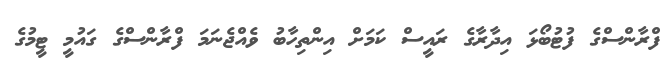
ފްރާންސްގެ ފުޓުބޯޅަ އިދާރާގެ ރައީސް ކަމަށް އިންތިހާބު ވެއްޖެނަމަ ފްރާންސްގެ ގައުމީ ޓީމުގެ